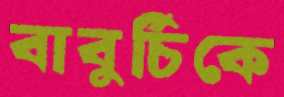
বাবুর্চিকে